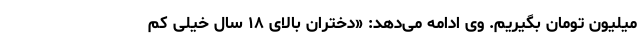
میلیون تومان بگیریم. وی ادامه ‌می‌دهد: «دختران بالای ۱۸ سال خیلی کم